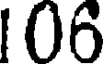
106